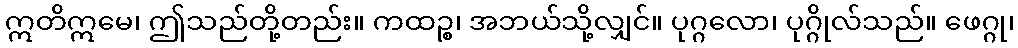
ဣတိဣမေ၊ ဤသည်တို့တည်း။ ကထဉ္စ၊ အဘယ်သို့လျှင်။ ပုဂ္ဂလော၊ ပုဂ္ဂိုလ်သည်။ ဖေဂ္ဂု၊